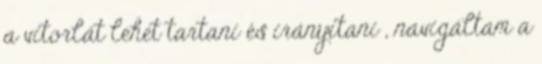
a vitorlát lehet tartani és irányítani , navigáltam a